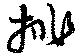
排